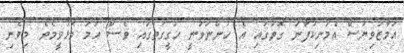
އަމާޒުވިޔަސް އެމަނިކުފާނު ގޮތުގައި އެ ހުންނަވަނީ ހަގީގަތުގައި ވެސް ހަމަ މޮޅުވީމެވެ. މިވެނި